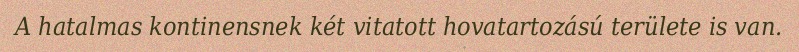
A hatalmas kontinensnek két vitatott hovatartozású területe is van.